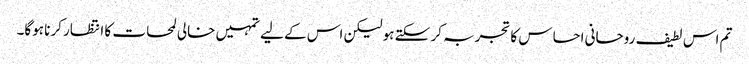
تم اس لطیف روحانی احساس کا تجربہ کر سکتے ہو لیکن اس کے لیے تمہیں خالی لمحات کا انتظار کرنا ہوگا۔